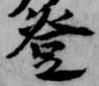
登